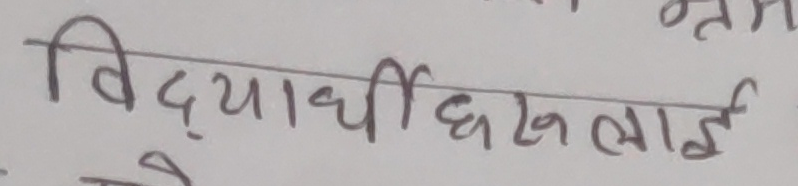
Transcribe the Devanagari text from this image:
विद्यार्थीहरूलाई